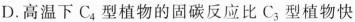
D.高温下C_{4}型植物的固碳反应比C_{3}型植物快